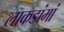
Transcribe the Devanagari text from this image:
लाकडांमां